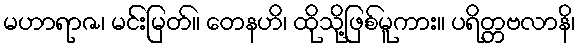
မဟာရာဇ၊ မင်းမြတ်။ တေနဟိ၊ ထိုသို့ဖြစ်မူကား။ ပရိတ္တဗလာနိ၊